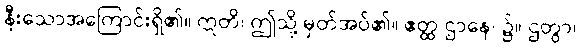
နီးသောအကြောင်းရှိ၏။ ဣတိ၊ ဤသို့ မှတ်အပ်၏။ ဧတ္ထ ဌာနေ၊ ၌။ ဌတွာ၊